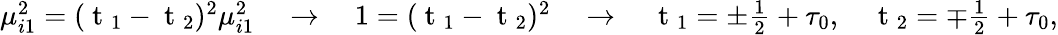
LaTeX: \begin{array}{r}{\mu_{i1}^{2}=(\mathrm{~t~}_{1}-\mathrm{~t~}_{2})^{2}\mu_{i1}^{2}\quad\rightarrow\quad 1=(\mathrm{~t~}_{1}-\mathrm{~t~}_{2})^{2}\quad\rightarrow\quad\mathrm{~t~}_{1}=\pm\frac{1}{2}+\tau_{0},\quad\mathrm{~t~}_{2}=\mp\frac{1}{2}+\tau_{0},}\end{array}